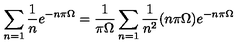
\sum _ { n = 1 } \frac { 1 } { n } e ^ { - n \pi \Omega } = \frac { 1 } { \pi \Omega } \sum _ { n = 1 } \frac { 1 } { n ^ { 2 } } ( n \pi \Omega ) e ^ { - n \pi \Omega }